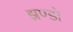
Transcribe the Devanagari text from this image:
झण्डो